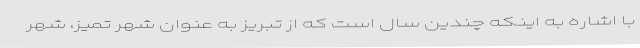
با اشاره به اینکه چندین سال است که از تبریز به عنوان شهر تمیز، شهر